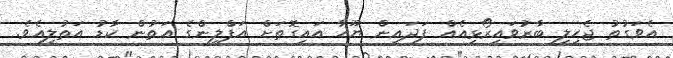
އެވަގުތު ޖެހިލި ބާރުވައިރޯޅިއެއް ފަދައިން ޔޫހާ އައިގޮތަށް އަފްލީންގެ އަތުން ކާޑު އަތުލިއެވެ.